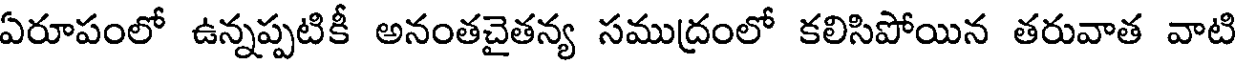
ఏరూపంలో ఉన్నప్పటికీ అనంతచైతన్య సముద్రంలో కలిసిపోయిన తరువాత వాటి